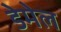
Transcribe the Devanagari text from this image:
डेमेल